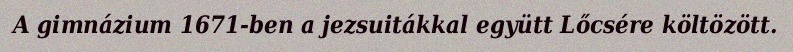
A gimnázium 1671-ben a jezsuitákkal együtt Lőcsére költözött.